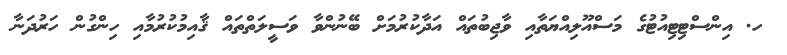
ހ. އިންސްޓިޓިއުޓުގެ މަސްއޫލިއްޔަތާއި ވާޖިބުތައް އަދާކުރުމަށް ބޭނުންވާ ވަސީލަތްތައް ޤާއިމުކުރުމާއި ހިންގުން ހަރުދަނާ